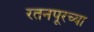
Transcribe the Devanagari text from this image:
रतनपूरच्या